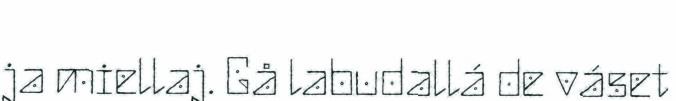
ja miellaj. Gå labudallá de váset